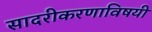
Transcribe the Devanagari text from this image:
सादरीकरणाविषयी